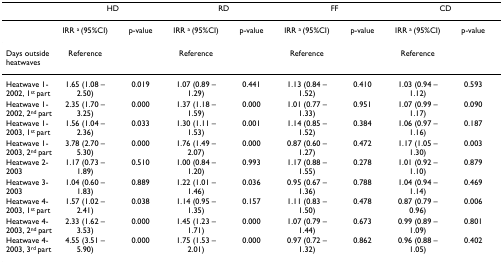
<table><thead><tr><td>[EMPTY_CELL]</td><td colspan="2"><b>HD</b></td><td colspan="2"><b>RD</b></td><td colspan="2"><b>FF</b></td><td colspan="2"><b>CD</b></td></tr></thead><tbody><tr><td>[EMPTY_CELL]</td><td>IRR <sup>a </sup>(95%CI)</td><td>p-value</td><td>IRR <sup>a </sup>(95%CI)</td><td>p-value</td><td>IRR <sup>a </sup>(95%CI)</td><td>p-value</td><td>IRR <sup>a </sup>(95%CI)</td><td>p-value</td></tr><tr><td>Days outside heatwaves</td><td>Reference</td><td>[EMPTY_CELL]</td><td>Reference</td><td>[EMPTY_CELL]</td><td>Reference</td><td>[EMPTY_CELL]</td><td>Reference</td><td>[EMPTY_CELL]</td></tr><tr><td>Heatwave 1-2002, 1<sup>st </sup>part</td><td>1.65 (1.08 – 2.50)</td><td>0.019</td><td>1.07 (0.89 – 1.29)</td><td>0.441</td><td>1.13 (0.84 – 1.52)</td><td>0.410</td><td>1.03 (0.94 – 1.12)</td><td>0.593</td></tr><tr><td>Heatwave 1-2002, 2<sup>nd </sup>part</td><td>2.35 (1.70 – 3.25)</td><td>0.000</td><td>1.37 (1.18 – 1.59)</td><td>0.000</td><td>1.01 (0.77 – 1.33)</td><td>0.951</td><td>1.07 (0.99 – 1.17)</td><td>0.090</td></tr><tr><td>Heatwave 1-2003, 1<sup>st </sup>part</td><td>1.56 (1.04 – 2.36)</td><td>0.033</td><td>1.30 (1.11 – 1.53)</td><td>0.001</td><td>1.14 (0.85 – 1.52)</td><td>0.384</td><td>1.06 (0.97 – 1.16)</td><td>0.187</td></tr><tr><td>Heatwave 1-2003, 2<sup>nd </sup>part</td><td>3.78 (2.70 – 5.30)</td><td>0.000</td><td>1.76 (1.49 – 2.07)</td><td>0.000</td><td>0.87 (0.60 – 1.27)</td><td>0.472</td><td>1.17 (1.05 – 1.30)</td><td>0.003</td></tr><tr><td>Heatwave 2-2003</td><td>1.17 (0.73 – 1.89)</td><td>0.510</td><td>1.00 (0.84 – 1.20)</td><td>0.993</td><td>1.17 (0.88 – 1.55)</td><td>0.278</td><td>1.01 (0.92 – 1.10)</td><td>0.879</td></tr><tr><td>Heatwave 3-2003</td><td>1.04 (0.60 – 1.83)</td><td>0.889</td><td>1.22 (1.01 – 1.46)</td><td>0.036</td><td>0.95 (0.67 – 1.36)</td><td>0.788</td><td>1.04 (0.94 – 1.14)</td><td>0.469</td></tr><tr><td>Heatwave 4-2003, 1<sup>st </sup>part</td><td>1.57 (1.02 – 2.41)</td><td>0.038</td><td>1.14 (0.95 – 1.35)</td><td>0.157</td><td>1.11 (0.83 – 1.50)</td><td>0.478</td><td>0.87 (0.79 – 0.96)</td><td>0.006</td></tr><tr><td>Heatwave 4-2003, 2<sup>nd </sup>part</td><td>2.33 (1.62 – 3.53)</td><td>0.000</td><td>1.45 (1.23 – 1.71)</td><td>0.000</td><td>1.07 (0.79 – 1.44)</td><td>0.673</td><td>0.99 (0.89 – 1.09)</td><td>0.801</td></tr><tr><td>Heatwave 4-2003, 3<sup>rd </sup>part</td><td>4.55 (3.51 – 5.90)</td><td>0.000</td><td>1.75 (1.53 – 2.01)</td><td>0.000</td><td>0.97 (0.72 – 1.32)</td><td>0.862</td><td>0.96 (0.88 – 1.05)</td><td>0.402</td></tr></tbody></table>